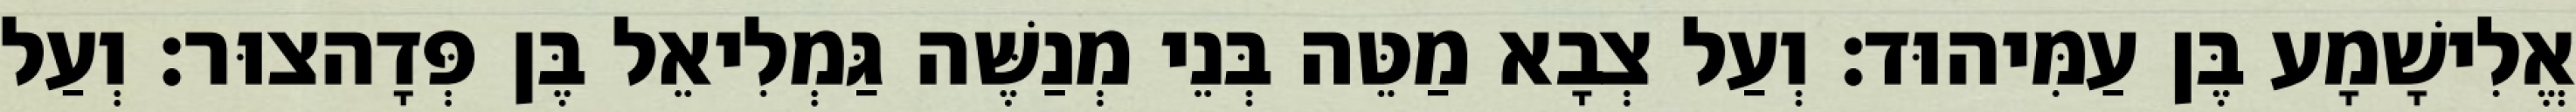
אֱלִישָׁמָע בֶּן עַמִּיהוּד׃ וְעַל צְבָא מַטֵּה בְּנֵי מְנַשֶּׁה גַּמְלִיאֵל בֶּן פְּדָהצוּר׃ וְעַל